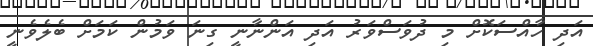
އަދި ހާއްސަކޮށް މި ދުވަސްވަރު އަދި އަންނާނީ ގިނަ ވަމުން ކަމަށް ބެލެވެނީ